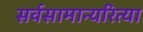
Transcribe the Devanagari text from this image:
सर्वसामान्यरित्या